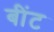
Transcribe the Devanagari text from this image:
बींट